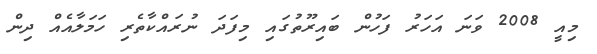
މިއީ 2008 ވަނަ އަހަރު ފަހުން ބައިރޫތުގައި މިފަދަ ނުރައްކާތެރި ހަމަލާއެއް ދިން